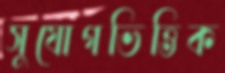
সুযোগভিত্তিক